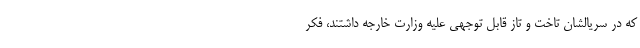
که در سریالشان تاخت و تاز قابل توجهی علیه وزارت خارجه داشتند، فکر